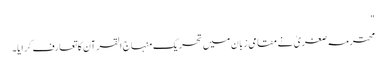
"
محترمہ صغریٰ نے مقامی زبان میں تحریک منہاج القرآن کا تعارف کرایا۔